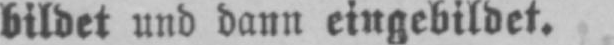
bildet und dann eingebildet.